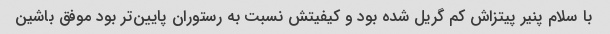
با سلام پنیر پیتزاش کم گریل شده بود و کیفیتش نسبت به رستوران پایین‌تر بود موفق باشین